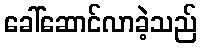
ခေါ်ဆောင်လာခဲ့သည်